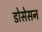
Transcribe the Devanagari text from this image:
डोसेसन